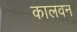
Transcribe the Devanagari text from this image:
कालवन